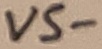
Text: VS-